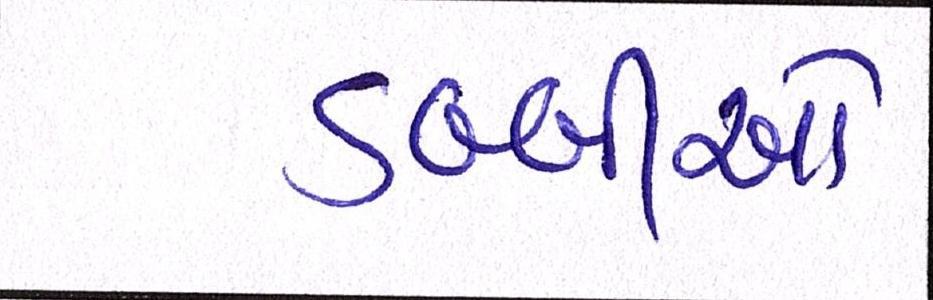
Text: ડબ્બીઓ